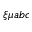
\xi \mu a b c